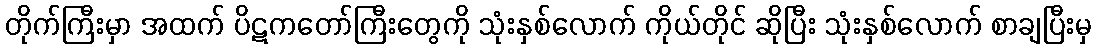
တိုက်ကြီးမှာ အထက် ပိဋကတော်ကြီးတွေကို သုံးနှစ်လောက် ကိုယ်တိုင် ဆိုပြီး သုံးနှစ်လောက် စာချပြီးမှ